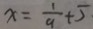
x = \frac { 1 } { 9 } + 5